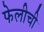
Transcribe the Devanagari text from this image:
फेलीची